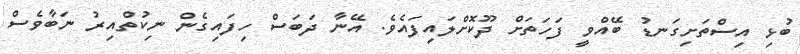
ބުޅި އިސްތަށިގަނޑު ބޭއްވީ ފަހަތަށް ދޫކޮށްލައިފައެވެ. އޭނާ ދަބަސް ހިފައިގެން ނިކުތްއިރު ނަބާވެސް